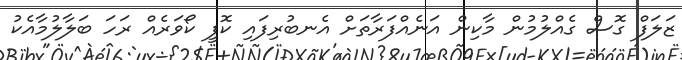
ޒަލަފް ގޮސް ގެއްލުމުން މާކިން އަނެއްފަރާތަށް އެނބުރިފައި ކޮފީ ކޯވަރެއް ރަހަ ބަލާލުމާއެކު